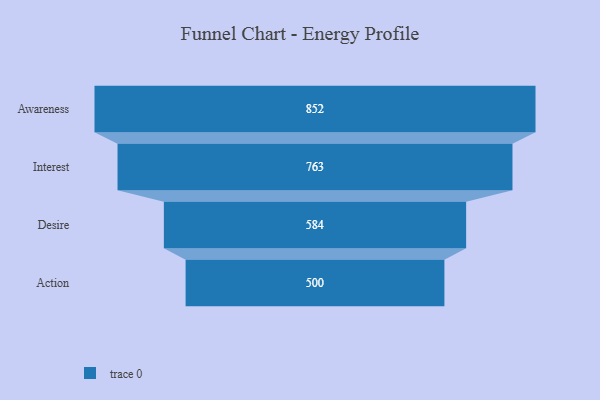
{"axis": {"x": "Stage", "y": "Value"}, "legend": [""], "data": [{"x": "Awareness", "y": 852.0, "type": ""}, {"x": "Interest", "y": 763.0, "type": ""}, {"x": "Desire", "y": 584.0, "type": ""}, {"x": "Action", "y": 500, "type": ""}]}